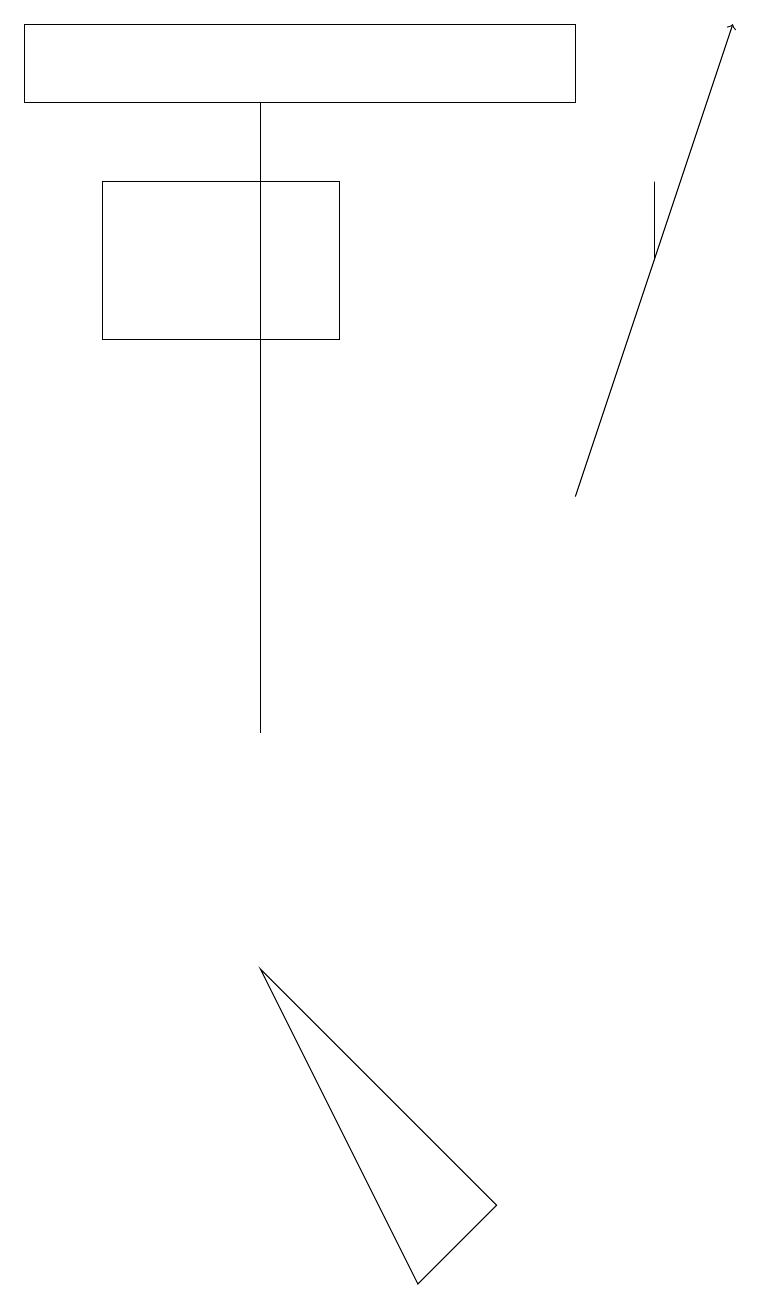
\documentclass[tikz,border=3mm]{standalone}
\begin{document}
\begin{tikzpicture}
\draw (1,15) rectangle (4,17);
\draw (7,19) rectangle (0,18);
\draw (8,16) rectangle (8,17);
\draw (5,3) -- (3,7) -- (6,4) -- cycle;
\draw (3,18) rectangle (3,10);
\draw[->] (7,13) -- (9,19);
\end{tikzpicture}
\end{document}